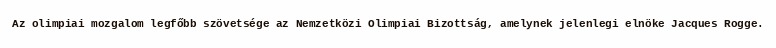
Az olimpiai mozgalom legfőbb szövetsége az Nemzetközi Olimpiai Bizottság, amelynek jelenlegi elnöke Jacques Rogge.